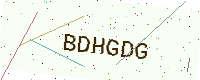
Text: BDHGDG